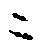
ニ